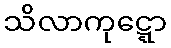
သိလာကုဋ္ဋော